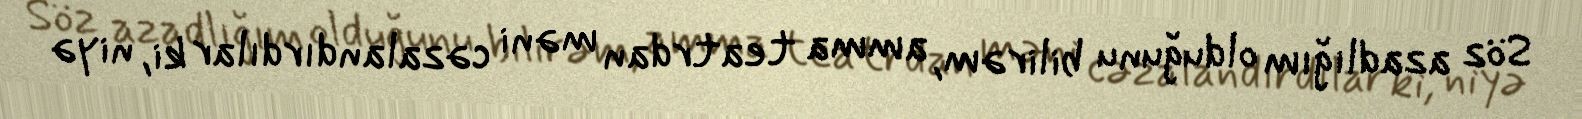
Söz azadlığım olduğunu bilirəm, amma teatrdan məni cəzalandırdılar ki, niyə